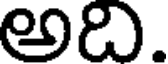
అది.